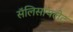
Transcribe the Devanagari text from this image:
सॅलिसायलेट